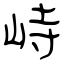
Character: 峙